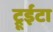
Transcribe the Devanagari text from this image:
ट्रूईटा